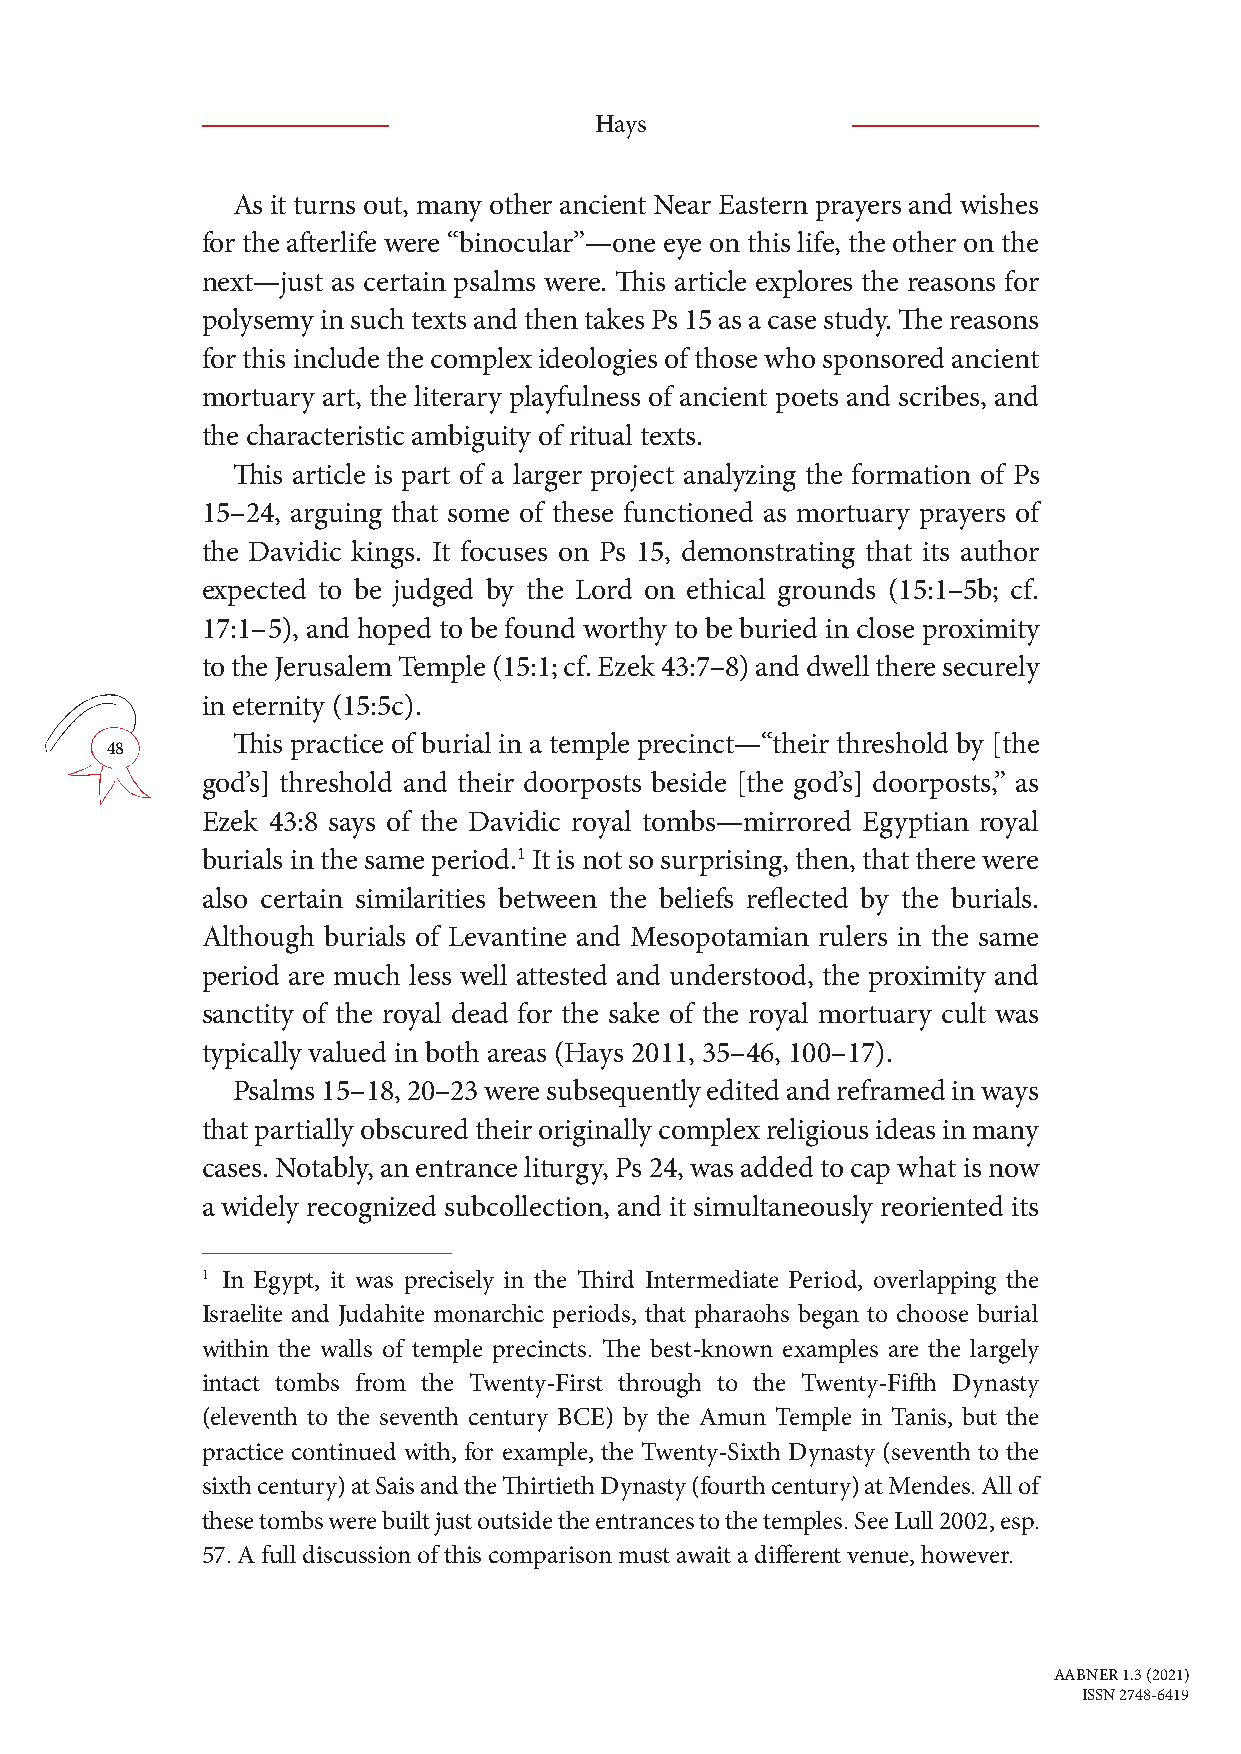
Hays
 As it turns out, many other ancient Near Eastern prayers and wishes
 for the afterlife were “binocular”—one eye on this life, the other on the
 next—just as certain psalms were. This article explores the reasons for
 polysemy in such texts and then takes Ps 15 as a case study. The reasons
 for this include the complex ideologies of those who sponsored ancient
 mortuary art, the literary playfulness of ancient poets and scribes, and
 the characteristic ambiguity of ritual texts.
 This article is part of a larger project analyzing the formation of Ps
 15–24, arguing that some of these functioned as mortuary prayers of
 the Davidic kings. It focuses on Ps 15, demonstrating that its author
 expected to be judged by the Lord on ethical grounds (15:1–5b; cf.
 17:1– 5), and hoped to be found worthy to be buried in close proximity
 to the Jerusalem Temple (15:1; cf. Ezek 43:7–8) and dwell there securely
 in eternity (15:5c).
 This practice of burial in a temple precinct—“their threshold by [the
 48
 god’s] threshold and their doorposts beside [the god’s] doorposts,” as
 Ezek 43:8 says of the Davidic royal tombs—mirrored Egyptian royal
 burials in the same period.1 It is not so surprising, then, that there were
 also certain similarities between the beliefs reflected by the burials.
 Although burials of Levantine and Mesopotamian rulers in the same
 period are much less well attested and understood, the proximity and
 sanctity of the royal dead for the sake of the royal mortuary cult was
 typically valued in both areas (Hays 2011, 35–46, 100–17).
 Psalms 15–18, 20–23 were subsequently edited and reframed in ways
 that partially obscured their originally complex religious ideas in many
 cases. Notably, an entrance liturgy, Ps 24, was added to cap what is now
 a widely recognized subcollection, and it simultaneously reoriented its
 1 In Egypt, it was precisely in the Third Intermediate Period, overlapping the
 Israelite and Judahite monarchic periods, that pharaohs began to choose burial
 within the walls of temple precincts. The best-known examples are the largely
 intact tombs from the Twenty-First through to the Twenty-Fifth Dynasty
 (eleventh to the seventh century BCE) by the Amun Temple in Tanis, but the
 practice continued with, for example, the Twenty-Sixth Dynasty (seventh to the
 sixth century) at Sais and the Thirtieth Dynasty (fourth century) at Mendes. All of
 these tombs were built just outside the entrances to the temples. See Lull 2002, esp.
 57. A full discussion of this comparison must await a different venue, however.
 AABNER 1.3 (2021)
 ISSN 2748-6419